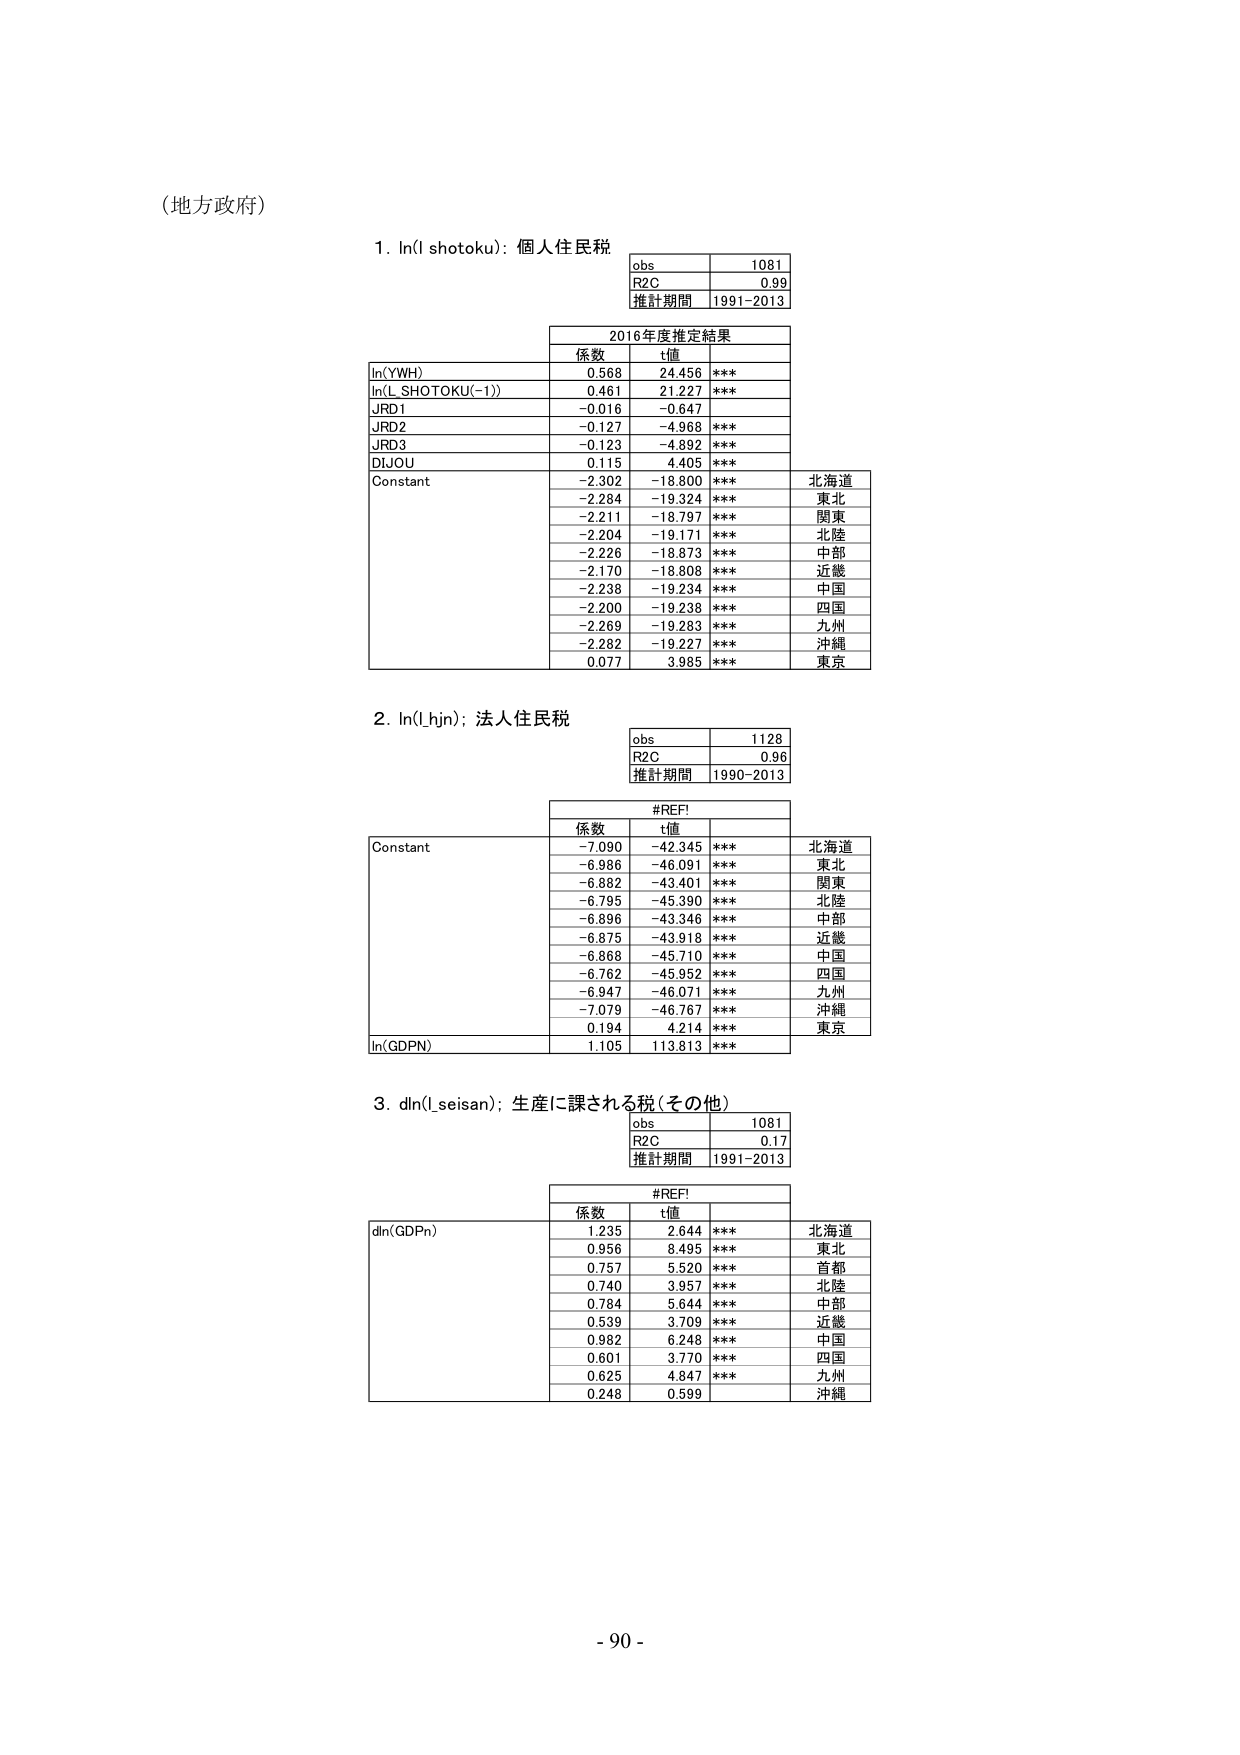
（地方政府）

1. ln(l_shotoku): 個人住民税
obs 1081
R2C 0.99
推計期間 1991-2013

2016年度推定結果
係数 t値
ln(YWh) 0.568 24.456 ***
ln(L_SHOTOKU(-1)) 0.461 21.227 ***
JRD1 -0.016 -0.647
JRD2 -0.127 -4.968 ***
JRD3 -0.123 -4.892 ***
DJOU 0.115 4.405 ***
Constant -2.302 -18.800 *** 北海道
-2.284 -19.324 *** 東北
-2.211 -18.797 *** 関東
-2.204 -19.171 *** 北陸
-2.226 -18.873 *** 中部
-2.170 -18.808 *** 近畿
-2.238 -19.234 *** 中国
-2.200 -19.238 *** 四国
-2.269 -19.283 *** 九州
-2.282 -19.227 *** 沖縄
0.077 3.985 *** 東京

2. ln(l_hjin): 法人住民税
obs 1128
R2C 0.96
推計期間 1990-2013

#REF!
係数 t値
Constant -7.090 -42.345 *** 北海道
-6.986 -46.091 *** 東北
-6.882 -43.401 *** 関東
-6.795 -45.390 *** 北陸
-6.896 -43.346 *** 中部
-6.875 -43.918 *** 近畿
-6.868 -45.710 *** 中国
-6.762 -45.952 *** 四国
-6.947 -46.071 *** 九州
-7.079 -46.767 *** 沖縄
0.194 4.214 *** 東京
ln(GDPn) 1.105 113.813 ***

3. dln(l_seisan): 生産に課される税（その他）
obs 1081
R2C 0.17
推計期間 1991-2013

#REF!
係数 t値
dln(GDPn) 1.235 2.644 *** 北海道
0.956 8.495 *** 東北
0.757 5.520 *** 首都
0.740 3.957 *** 北陸
0.784 5.644 *** 中部
0.539 3.709 *** 近畿
0.982 6.248 *** 中国
0.601 3.770 *** 四国
0.625 4.847 *** 九州
0.248 0.599 沖縄

- 90 -